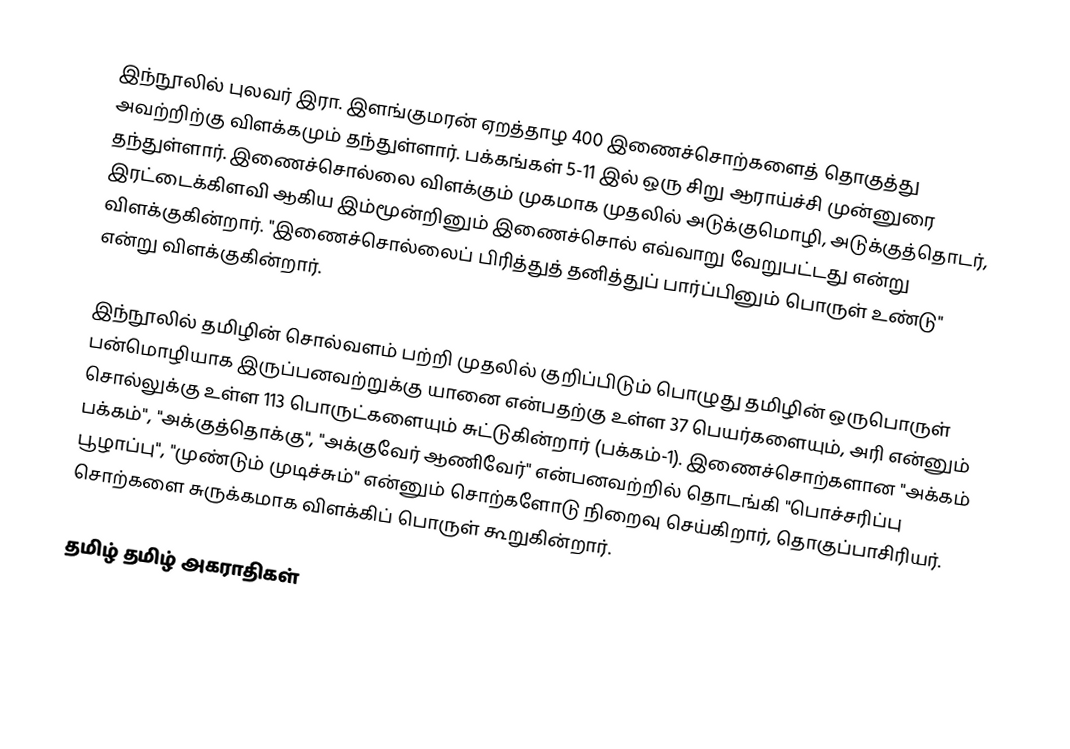
இந்நூலில் புலவர் இரா. இளங்குமரன் ஏறத்தாழ 400 இணைச்சொற்களைத் தொகுத்து அவற்றிற்கு விளக்கமும் தந்துள்ளார். பக்கங்கள் 5-11 இல் ஒரு சிறு ஆராய்ச்சி முன்னுரை தந்துள்ளார். இணைச்சொல்லை விளக்கும் முகமாக முதலில் அடுக்குமொழி, அடுக்குத்தொடர், இரட்டைக்கிளவி ஆகிய இம்மூன்றினும் இணைச்சொல் எவ்வாறு வேறுபட்டது என்று விளக்குகின்றார். "இணைச்சொல்லைப் பிரித்துத் தனித்துப் பார்ப்பினும் பொருள் உண்டு" என்று விளக்குகின்றார்.

இந்நூலில் தமிழின் சொல்வளம் பற்றி முதலில் குறிப்பிடும் பொழுது தமிழின் ஒருபொருள் பன்மொழியாக இருப்பனவற்றுக்கு யானை என்பதற்கு உள்ள 37 பெயர்களையும், அரி என்னும் சொல்லுக்கு உள்ள 113 பொருட்களையும் சுட்டுகின்றார் (பக்கம்-1). இணைச்சொற்களான "அக்கம் பக்கம்", "அக்குத்தொக்கு", "அக்குவேர் ஆணிவேர்" என்பனவற்றில் தொடங்கி "பொச்சரிப்பு பூழாப்பு", "முண்டும் முடிச்சும்" என்னும் சொற்களோடு நிறைவு செய்கிறார், தொகுப்பாசிரியர். சொற்களை சுருக்கமாக விளக்கிப் பொருள் கூறுகின்றார்.

தமிழ் தமிழ் அகராதிகள்